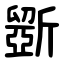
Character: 斵